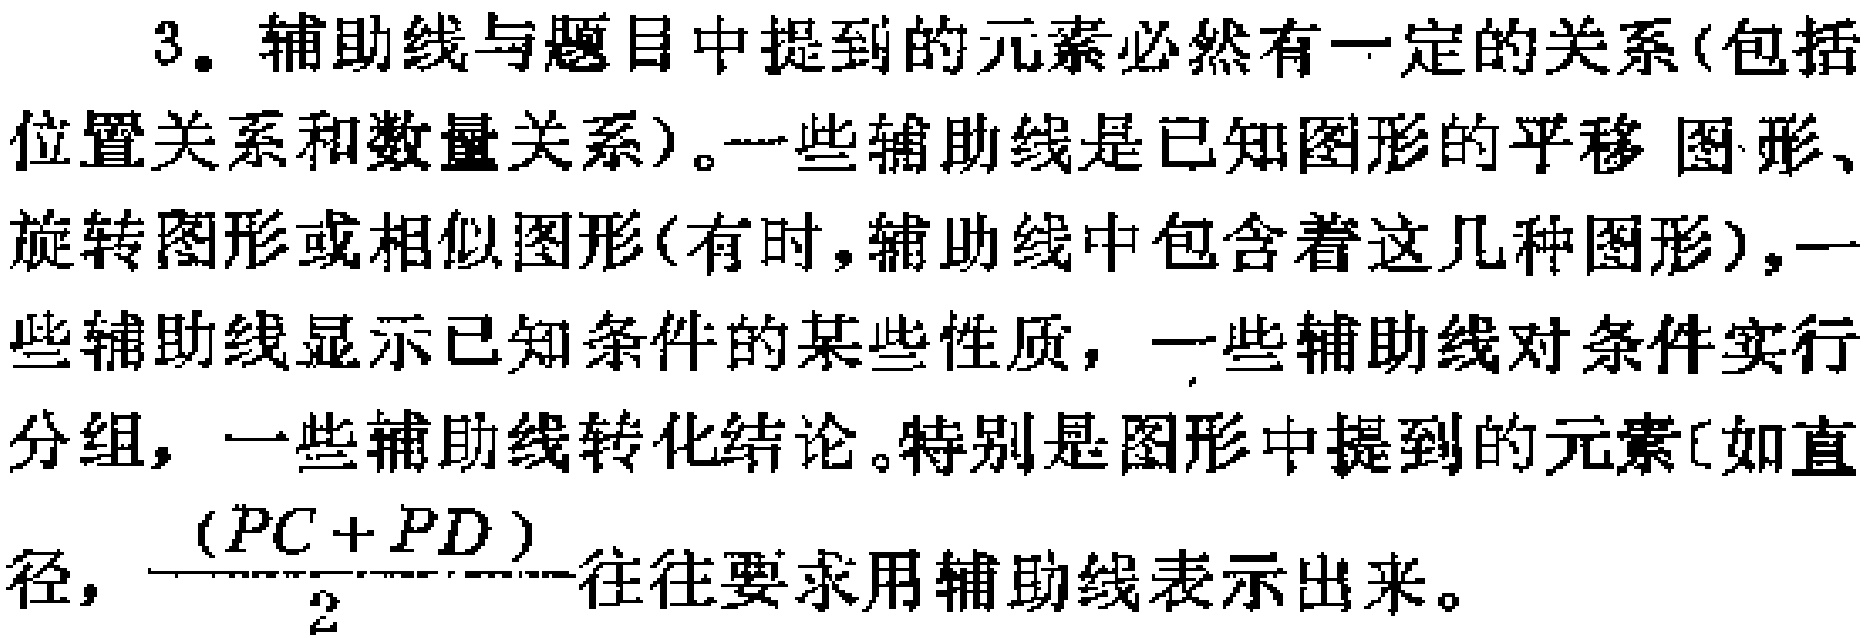
3. 辅助线与题目中提到的元素必然有一定的关系(包括
位置关系和数量关系)。一些辅助线是已知图形的平移图形、
旋转图形或相似图形(有时,辅助线中包含着这几种图形),一
些辅助线显示已知条件的某些性质，一些辅助线对条件实行
分组，一些辅助线转化结论。特别是图形中提到的元素[如直
径, $\frac{(PC + PD)}{2}$ 往往要求用辅助线表示出来。